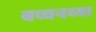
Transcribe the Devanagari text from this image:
बच्चनच्या